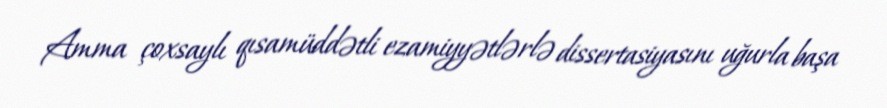
Amma çoxsaylı qısamüddətli ezamiyyətlərlə dissertasiyasını uğurla başa